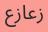
زعازع